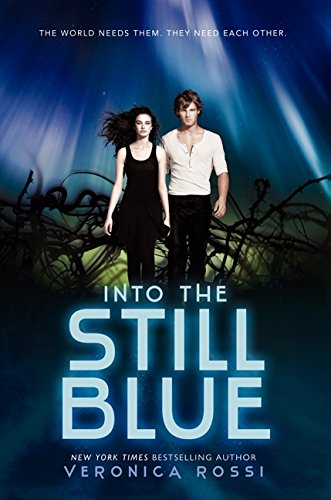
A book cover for Into the Still Blue (Under the Never Sky Trilogy); Veronica Rossi; Teen & Young Adult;